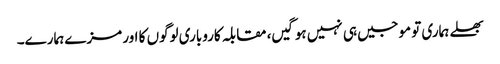
بھلے ہماری تو موجیں ہی نہیں ہوگیں، مقابلہ کاروباری لوگوں کا اور مزے ہمارے۔